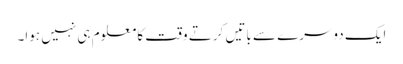
ایک دوسرے سے باتیں کرتے وقت کا معلوم ہی نہیں ہوا۔